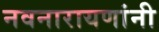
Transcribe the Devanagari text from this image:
नवनारायणांनी